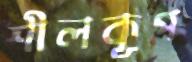
শীলকূপ